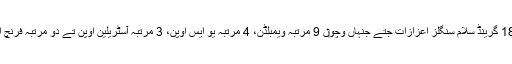
آپ نے اپنے پورے عرصۂ حیات وچ 18 گرینڈ سلام سنگلز اعزازات جتے جنہاں وچو‏ں 9 مرتبہ ویمبلڈن، 4 مرتبہ یو ایس اوپن، 3 مرتبہ آسٹریلین اوپن تے دو مرتبہ فرنچ اوپن وچ فتوحات نے آپ دے قدم چومے۔